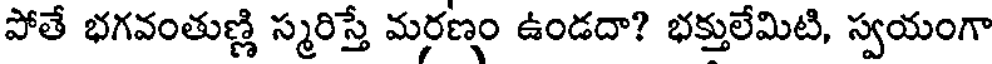
పోతే భగవంతుణ్ణి స్మరిస్తే మరణం ఉండదా? భక్తులేమిటి, స్వయంగా